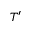
T ^ { \prime }